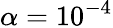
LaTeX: \alpha=10^{-4}